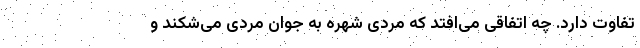
تفاوت دارد. چه اتفاقی می‌افتد که مردی شهره به جوان مردی می‌شکند و